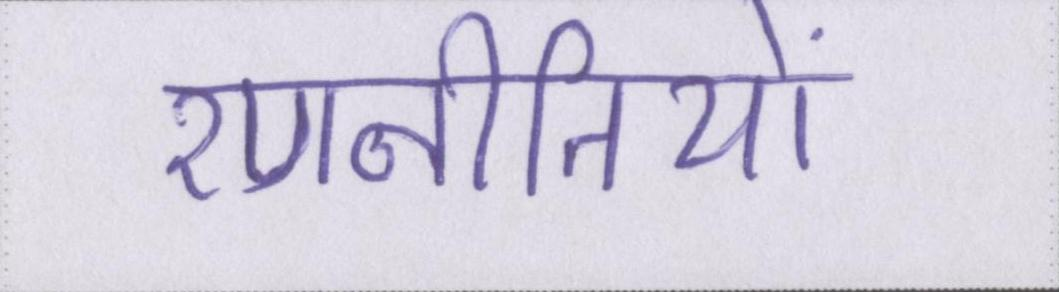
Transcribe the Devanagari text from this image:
रणनीतियों